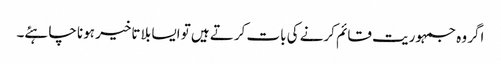
اگر وہ جمہوریت قائم کرنے کی بات کرتے ہیں تو ایسا بلا تاخیر ہونا چاہئے۔